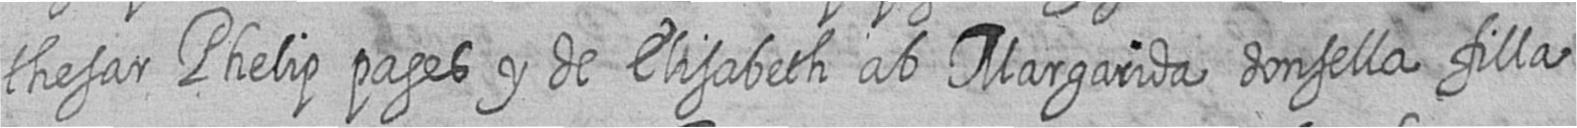
thesar Phelip pages y de Elisabeth ab Margarida donsella filla